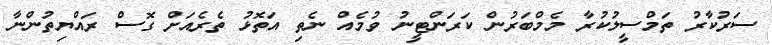
ސަރުކާރު ތަމްސީލުކުރާ މެމްބަރުން ކަރަންޓީނު ވުމެއް ނެތި އަތޮޅު ތެރެއަށް ގޮސް ރައްޔިތުންނާ